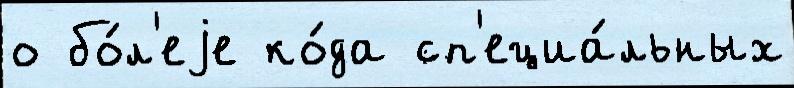
о бо́л'еjе ко́да сп'ециа́льных